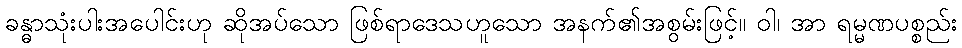
ခန္ဓာသုံးပါးအပေါင်းဟု ဆိုအပ်သော ဖြစ်ရာဒေသဟူသော အနက်၏အစွမ်းဖြင့်။ ဝါ၊ အာ ရမ္မဏပစ္စည်း